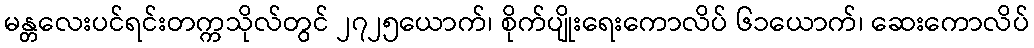
မန္တလေးပင်ရင်းတက္ကသိုလ်တွင် ၂၇၂၅ယောက်၊ စိုက်ပျိုးရေးကောလိပ် ၆၁ယောက်၊ ဆေးကောလိပ်